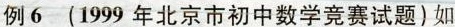
例6 (1999年北京市初中数学竞赛试题) 如